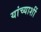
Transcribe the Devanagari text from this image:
यांच्याशीं